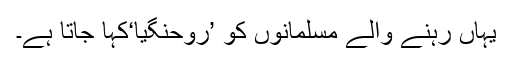
یہاں رہنے والے مسلمانوں کو ’روحنگیا‘کہا جاتا ہے۔